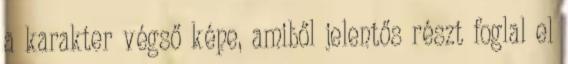
a karakter végső képe, amiből jelentős részt foglal el